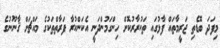
މިފަދަ ބޮޑެތި ޖަރީމާތައް ފާޅުގައި ތަކުރާރުކޮށް ހިންގަމުންދަނީ އެކަންކުރާ ފަރާތްތަކުގެ މައްޗަށް ޤާނޫނުގެ